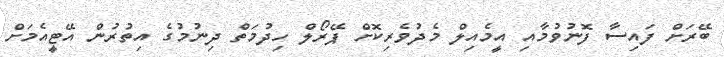
ބޭރަށް ފައިސާ ފޮނުވުމާއި އީމެއިލް މެދުވެރިކޮށް ޕޭރޯލް ހިދުމަތް ދިނުމުގެ އިތުރުން އޭޓީއެމަށް